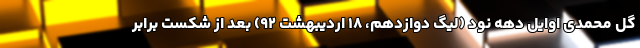
گل محمدی اوایل دهه نود (لیگ دوازدهم، ۱۸ اردیبهشت ۹۲) بعد از شکست برابر